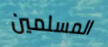
المسلمين